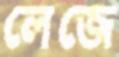
লেজে